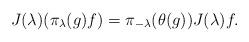
LaTeX: \begin{align*}J (\lambda) (\pi_\lambda (g) f) = \pi_{- \lambda} (\theta (g)) J (\lambda) f.\end{align*}